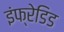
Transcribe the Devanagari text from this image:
इंफ्रेडिड